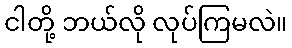
ငါတို့ ဘယ်လို လုပ်ကြမလဲ။